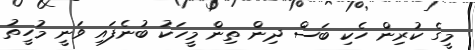
މީގެ ކުރިން ހެކި ބަސް ދިން ތިން މީހަކު ބުނެފައި ވަނީ މުހީތު